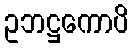
ဥဘဋ္ဌကောပိ